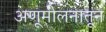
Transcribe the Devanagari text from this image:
अणूमीलनातून